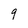
Character: 9